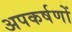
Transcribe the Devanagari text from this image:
अपकर्षणों